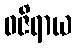
ဝဇိရာယ